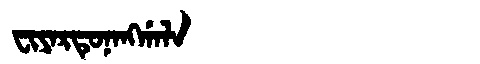
Manchu: ᠸᡳᠶᠠᡵᡨᡠᠨᠠᠩᡤᠠᠯᠠ
Romanization: FIYARTUNANGGALA